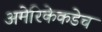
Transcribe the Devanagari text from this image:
अमेरिकेकडेच